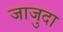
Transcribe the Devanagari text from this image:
जाजुदा